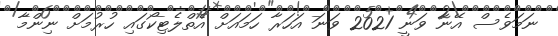
ނަމަވެސް އޭނާ ވަނީ 2021 ވަނަ އަހަރާ ހަމައަށް އެތްލެޓިކޯގައި ހުރުމަށް ނިންމާ